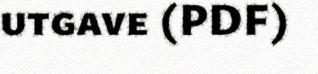
utgave (PDF)